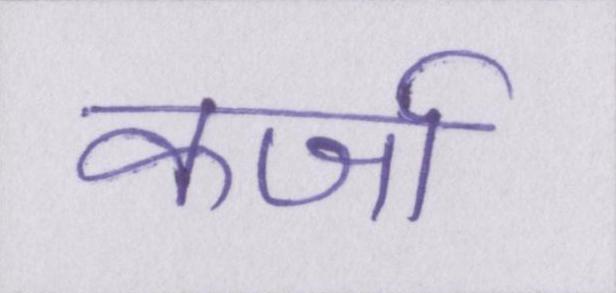
कर्जा